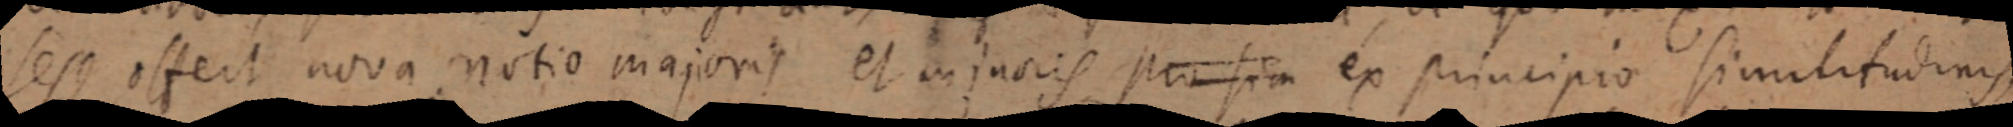
sese offert nova notio majoris et majnoris pro sia ex principio similitudinis,